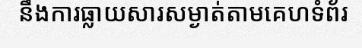
នឹងការធ្លាយសារសម្ងាត់តាមគេហទំព័រ